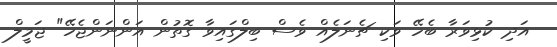
އަދި ކުޅިވަރާ ބެހޭ ވަކި ޗެނަލެއް ވެސް ބިލްގައިވާ ގޮތުން އަންނަންޖެހޭ" ޖަމީލް